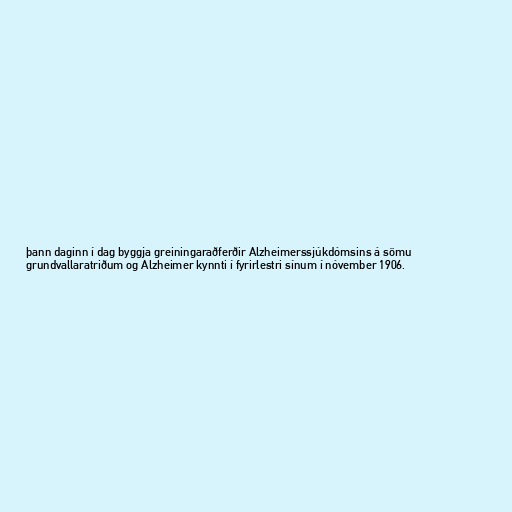
þann daginn í dag byggja greiningaraðferðir Alzheimerssjúkdómsins á sömu
grundvallaratriðum og Alzheimer kynnti í fyrirlestri sínum í nóvember 1906.